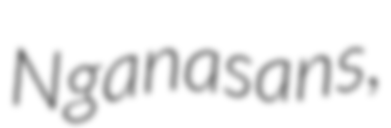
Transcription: Nganasans,